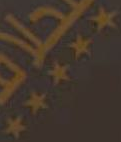
*****